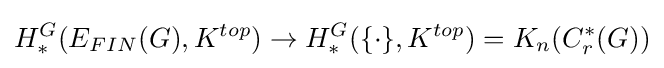
H_{*}^{G}(E_{FIN}(G),K^{top})\rightarrow H_{*}^{G}(\{\cdot \},K^{top})=K_{n}(C_{r}^{*}(G))